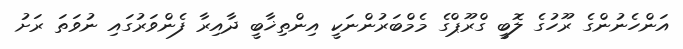
އަންހެނުންގެ ރޫހުގެ ލޮބީ ގްރޫޕްގެ މެމްބަރުންނަކީ އިންތިޚާބީ ދާއިރާ ފެންވަރުގައި ނުވަތަ ރަށު